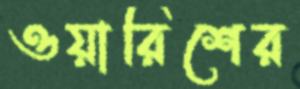
ওয়ারিশের